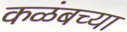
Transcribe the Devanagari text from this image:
कळंबच्या